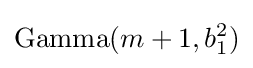
\operatorname {Gamma} (m+1,b_{1}^{2})